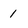
Character: 1